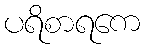
ပရိစာရကေ